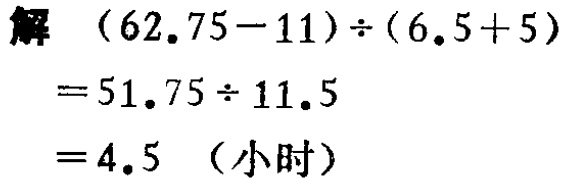
解 \((62.75 - 11) \div (6.5 + 5)\)

\(= 51.75 \div 11.5\)

\(= 4.5\)（小时）